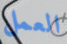
العمل